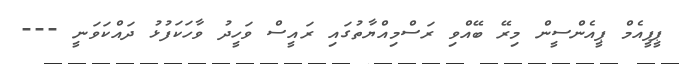
ޕީޕީއެމް ޕީއެންސީން މިރޭ ބޭއްވި ރަސްމިއްޔާތުގައި ރައީސް ވަހީދު ވާހަކަފުޅު ދައްކަވަނީ ---